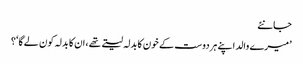
جانئے
’میرے والد اپنے ہردوست کے خون کا بدلہ لیتے تھے ،ان کا بدلہ کون لے گا‘؟